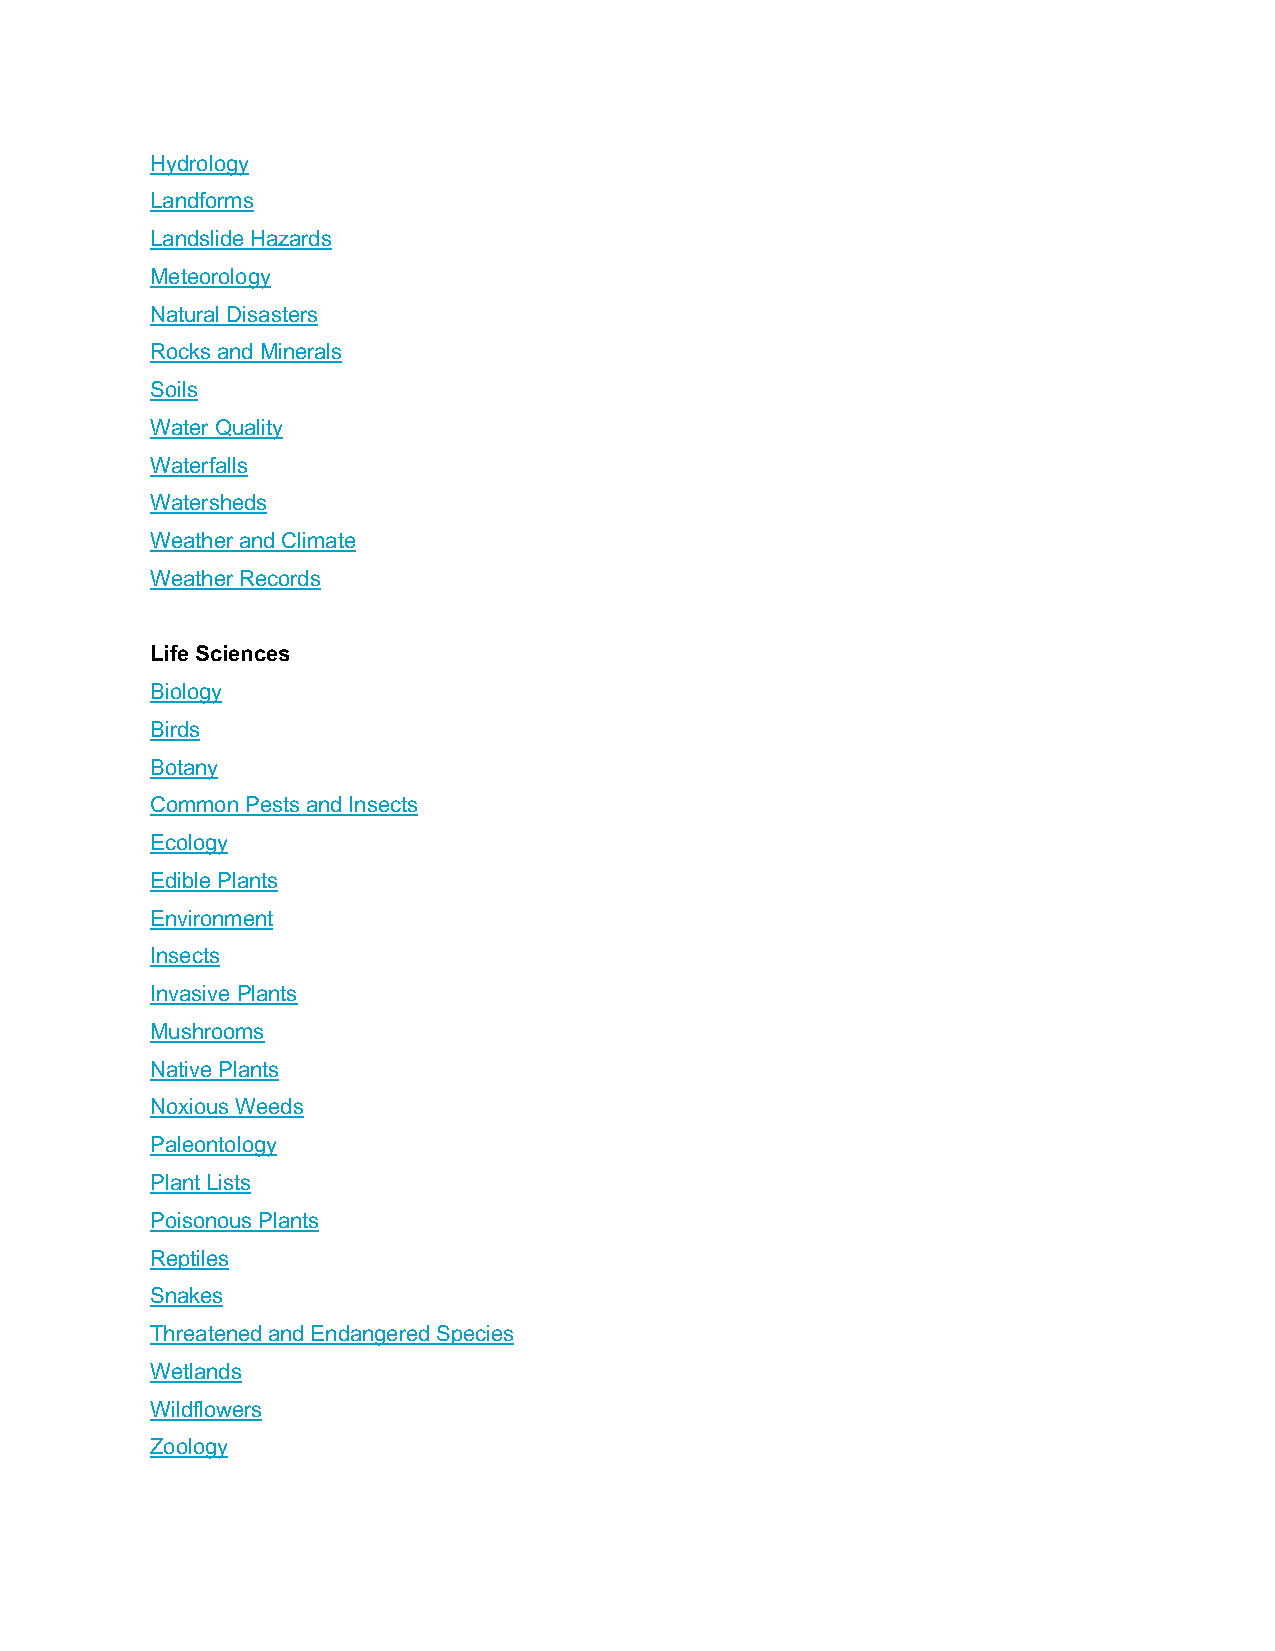
Hydrology
 Landforms
 Landslide Hazards
 Meteorology
 Natural Disasters
 Rocks and Minerals
 Soils
 Water Quality
 Waterfalls
 Watersheds
 Weather and Climate
 Weather Records
 Life Sciences
 Biology
 Birds
 Botany
 Common Pests and Insects
 Ecology
 Edible Plants
 Environment
 Insects
 Invasive Plants
 Mushrooms
 Native Plants
 Noxious Weeds
 Paleontology
 Plant Lists
 Poisonous Plants
 Reptiles
 Snakes
 Threatened and Endangered Species
 Wetlands
 Wildflowers
 Zoology